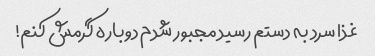
غذا سرد به دستم رسید مجبور شدم دوباره گرمش کنم!